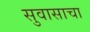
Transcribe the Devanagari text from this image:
सुवासाचा